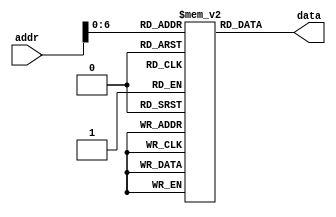
`timescale 1ns / 1ps
//////////////////////////////////////////////////////////////////////////////////
// Company: 
// Engineer: 
// 
// Design Name: 
// Module Name: imem
// Project Name: 
// Target Devices: 
// Tool Versions: 
// Description: 
// 
// Dependencies: 
// 
// Revision:
// Revision 0.01 - File Created
// Additional Comments:
// 
//////////////////////////////////////////////////////////////////////////////////


module imem(
output reg [31:0] data,
    input wire [31:0] addr
    );
      reg [31:0] MEM[0:127];
    initial begin
    MEM[0] <= 'hA00000AA;
    MEM[1] <= 'h10000011;
    MEM[2] <= 'h20000022;
    MEM[3] <= 'h30000033;
    MEM[4] <= 'h40000044;
    MEM[5] <= 'h50000055;
    MEM[6] <= 'h60000066;
    MEM[7] <= 'h70000077;
    MEM[8] <= 'h80000088;
    MEM[9] <= 'h90000099;
    end
    always @(addr)
    begin
        data <= MEM[addr];
    end
endmodule